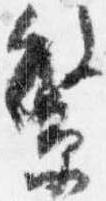
繁